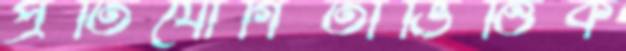
প্রতিযোগিতাভিত্তিক